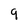
Character: 9